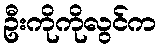
ဦးကိုကိုလွင်က